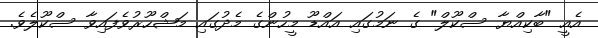
އެއީ "ބާކިއްޔާ ސްކޫލް" ގެ ނަމުގައި އައްޑޫ މީހުންގެ މެދުގައި މަޝްހޫރުވެފައިވާ ސްކޫލެވެ.